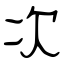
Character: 次